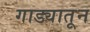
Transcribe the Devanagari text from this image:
गाड्यातून